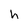
Character: h